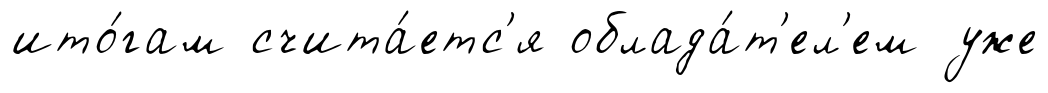
ито́гам счита́етс'я облада́т'ел'ем уже